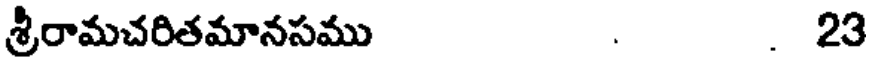
శ్రీరామచరితమానసము . . 23